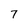
Character: 7